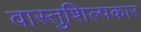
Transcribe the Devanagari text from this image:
वास्तुशिल्पकार